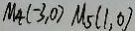
M _ { 4 } ( - 3 , 0 ) M _ { 5 } ( 1 , 0 )